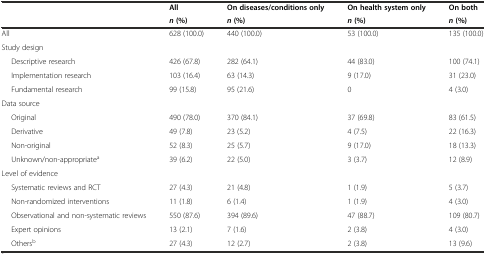
<table><thead><tr><td rowspan="2"></td><td><b>All</b></td><td><b>On diseases/conditions only</b></td><td><b>On health system only</b></td><td><b>On both</b></td></tr><tr><td><b><i>n</i>(%)</b></td><td><b><i>n</i>(%)</b></td><td><b><i>n</i>(%)</b></td><td><b><i>n</i>(%)</b></td></tr></thead><tbody><tr><td>All</td><td>628 (100.0)</td><td>440 (100.0)</td><td>53 (100.0)</td><td>135 (100.0)</td></tr><tr><td colspan="5">Study design</td></tr><tr><td>Descriptive research</td><td>426 (67.8)</td><td>282 (64.1)</td><td>44 (83.0)</td><td>100 (74.1)</td></tr><tr><td>Implementation research</td><td>103 (16.4)</td><td>63 (14.3)</td><td>9 (17.0)</td><td>31 (23.0)</td></tr><tr><td>Fundamental research</td><td>99 (15.8)</td><td>95 (21.6)</td><td>0</td><td>4 (3.0)</td></tr><tr><td colspan="5">Data source</td></tr><tr><td>Original</td><td>490 (78.0)</td><td>370 (84.1)</td><td>37 (69.8)</td><td>83 (61.5)</td></tr><tr><td>Derivative</td><td>49 (7.8)</td><td>23 (5.2)</td><td>4 (7.5)</td><td>22 (16.3)</td></tr><tr><td>Non-original</td><td>52 (8.3)</td><td>25 (5.7)</td><td>9 (17.0)</td><td>18 (13.3)</td></tr><tr><td>Unknown/non-appropriate<sup>a</sup></td><td>39 (6.2)</td><td>22 (5.0)</td><td>3 (3.7)</td><td>12 (8.9)</td></tr><tr><td colspan="5">Level of evidence</td></tr><tr><td>Systematic reviews and RCT</td><td>27 (4.3)</td><td>21 (4.8)</td><td>1 (1.9)</td><td>5 (3.7)</td></tr><tr><td>Non-randomized interventions</td><td>11 (1.8)</td><td>6 (1.4)</td><td>1 (1.9)</td><td>4 (3.0)</td></tr><tr><td>Observational and non-systematic reviews</td><td>550 (87.6)</td><td>394 (89.6)</td><td>47 (88.7)</td><td>109 (80.7)</td></tr><tr><td>Expert opinions</td><td>13 (2.1)</td><td>7 (1.6)</td><td>2 (3.8)</td><td>4 (3.0)</td></tr><tr><td>Others<sup>b</sup></td><td>27 (4.3)</td><td>12 (2.7)</td><td>2 (3.8)</td><td>13 (9.6)</td></tr></tbody></table>